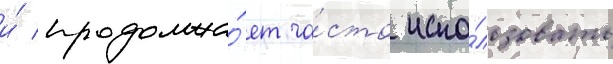
и́ продолжа́ет ча́сто испо́льзовать